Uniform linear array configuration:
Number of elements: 64
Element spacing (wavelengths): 1
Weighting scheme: kaiser
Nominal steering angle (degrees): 15
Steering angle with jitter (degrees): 13.264
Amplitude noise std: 0.05
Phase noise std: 0.05

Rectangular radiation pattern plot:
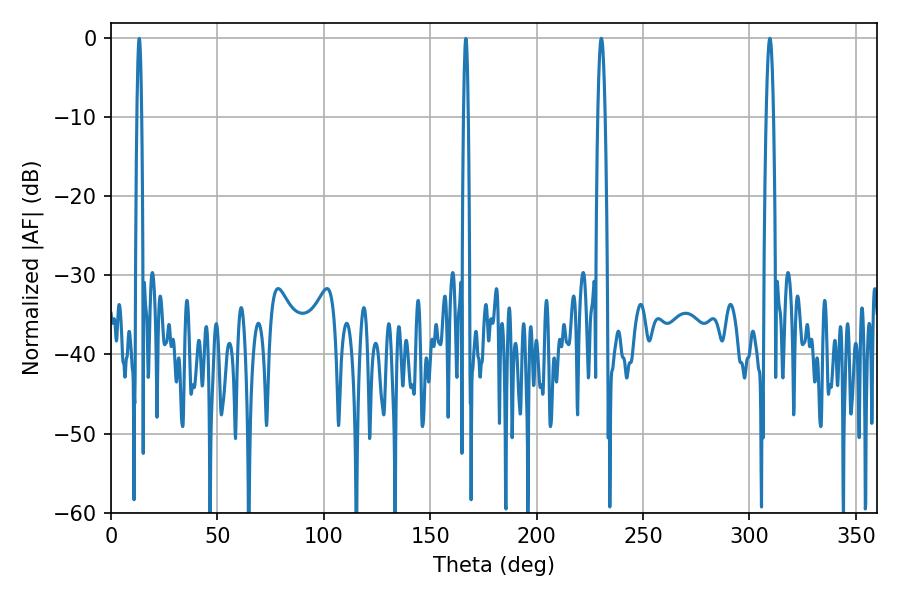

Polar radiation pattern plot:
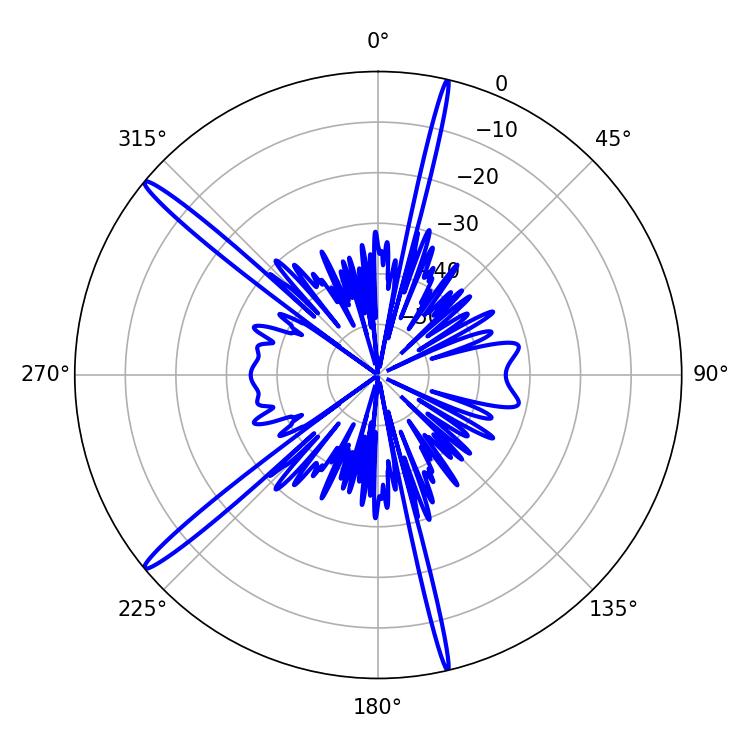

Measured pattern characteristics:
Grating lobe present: TRUE
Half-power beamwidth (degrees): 1.8
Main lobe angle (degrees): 230.4